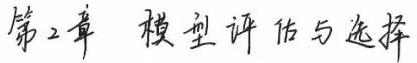
第2章 模型评估与选择